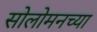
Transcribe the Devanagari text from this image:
सोलोमनच्या